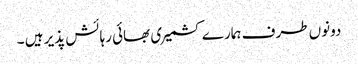
دونوں طرف ہمارے کشمیری بھائی رہائش پذیر ہیں ۔